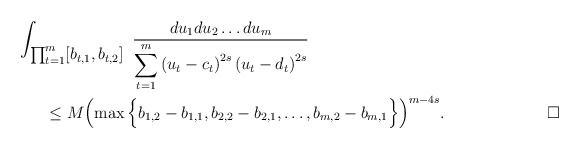
\begin{align*} \ \ \ \ \ \ \ \ \ \ \ &\int_{\textstyle\prod_{t=1}^m [b_{t,1}, b_{t,2}]}\ \frac{du_1du_2\ldots du_m}{\displaystyle \sum_{t=1}^m\left(u_t-c_t\right) ^{2s}\left(u_t-d_t \right)^{2s}}\\ &\ \ \ \ \ \le M\Bigl(\max\Big\{b_{1,2}-b_{1,1},b_{2,2}-b_{2,1},\ldots,b_{m,2}-b_{m,1}\Big\}\Big)^{m-4s} .\hskip 2.6cm\square\end{align*}